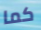
كما